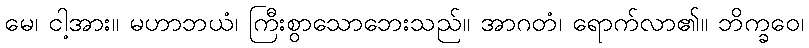
မေ၊ ငါ့အား။ မဟာဘယံ၊ ကြီးစွာသောဘေးသည်။ အာဂတံ၊ ရောက်လာ၏။ ဘိက္ခဝေ၊